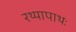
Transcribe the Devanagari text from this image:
रथ्यापाथः